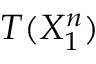
T ( X _ { 1 } ^ { n } )